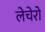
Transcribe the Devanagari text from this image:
लेचेरो